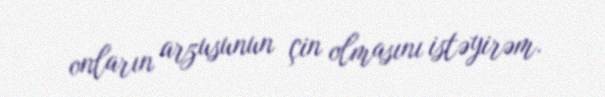
onların arzusunun çin olmasını istəyirəm.